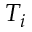
T _ { i }